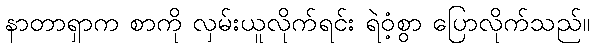
နာတာရှာက စာကို လှမ်းယူလိုက်ရင်း ရဲဝံ့စွာ ပြောလိုက်သည်။